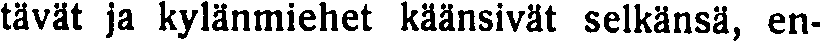
tävät ja kylänmiehet käänsivät selkänsä, en-